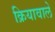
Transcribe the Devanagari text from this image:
क्रियावाले